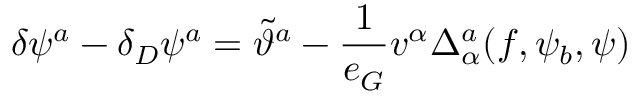
\delta \psi ^ { a } - \delta _ { D } \psi ^ { a } = \tilde { \vartheta } ^ { a } - \frac { 1 } { e _ { G } } v ^ { \alpha } \Delta _ { \alpha } ^ { a } ( f , \psi _ { b } , \psi )